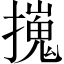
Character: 𢶼